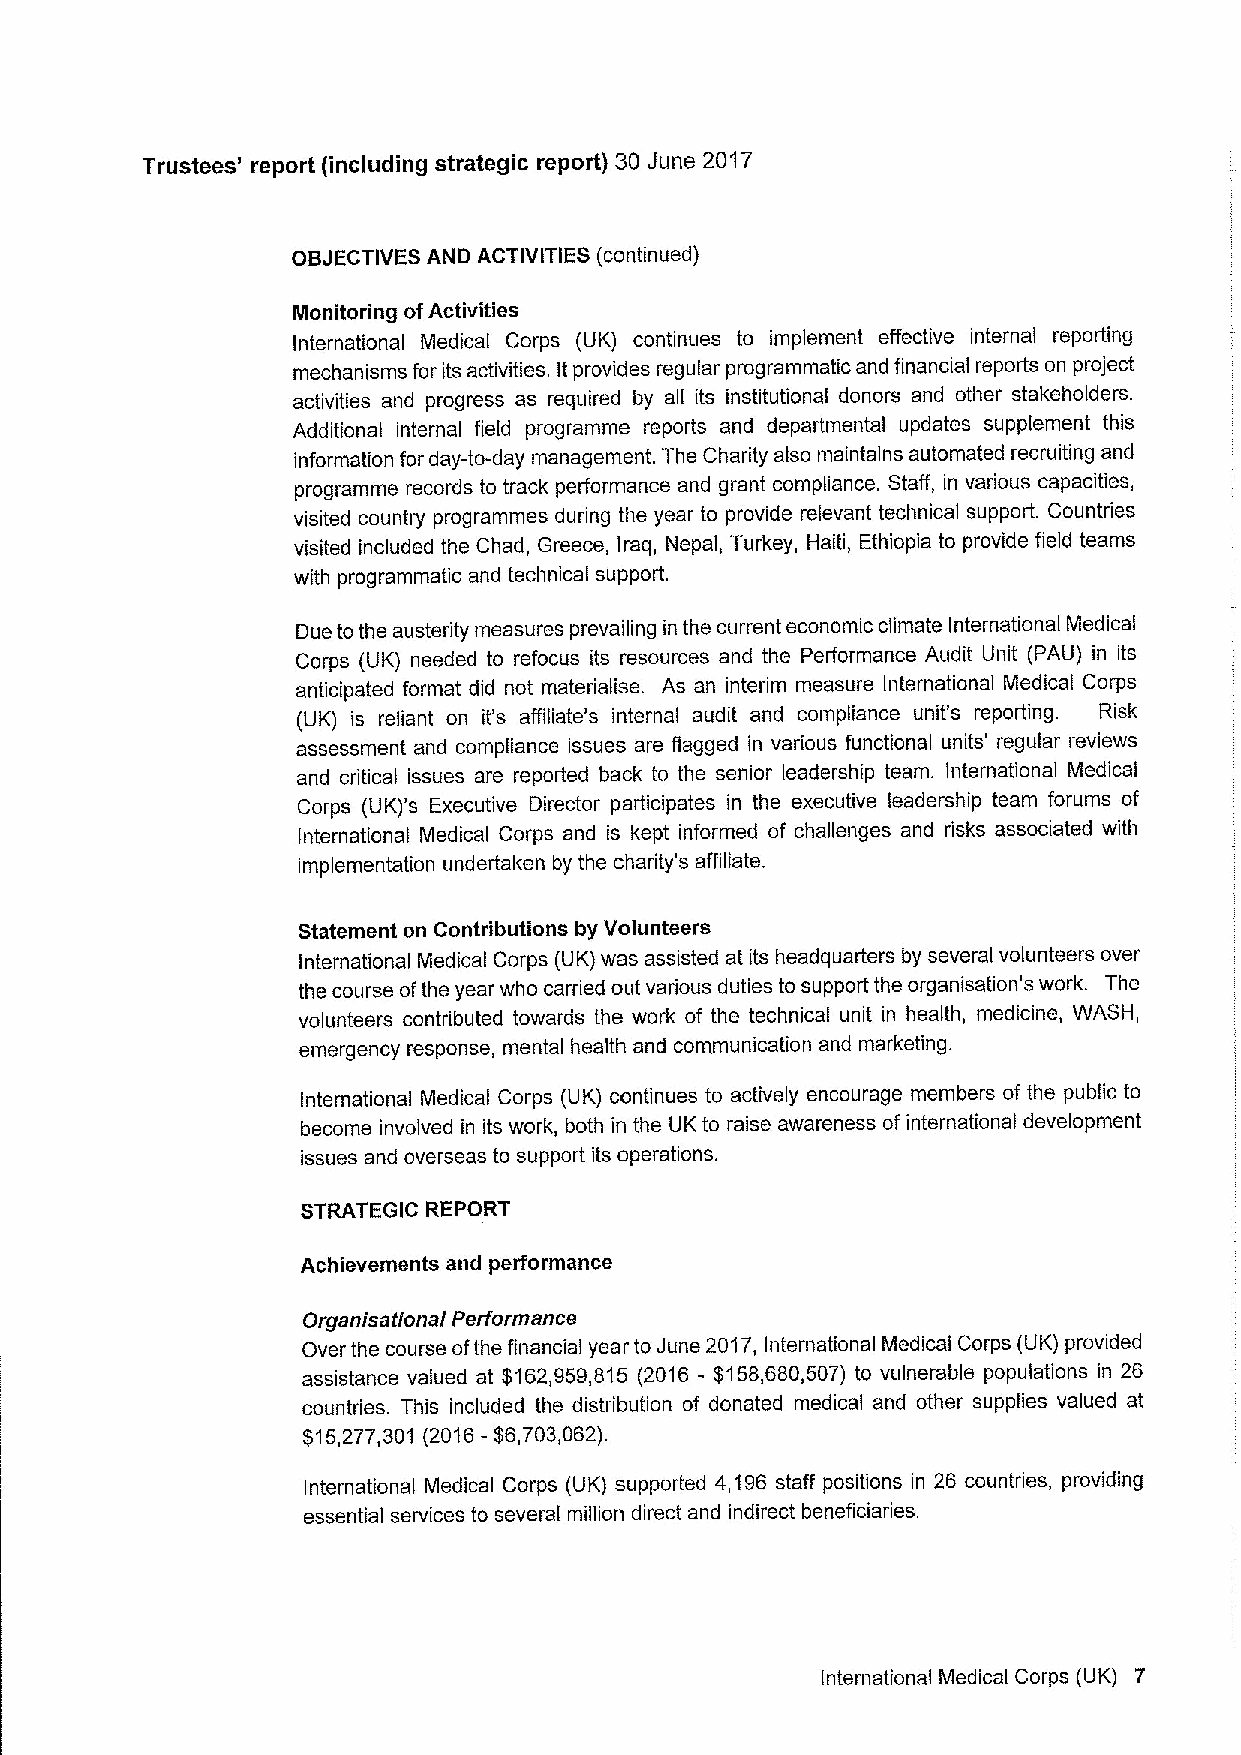
Trustees' report (including strategic report) 80 June 2017
 OBJECTIVES AND ACTIVITIES (continued)
 Monitoring ofActivities
 International Medical Corps (UK) continues to implement effective internal reporting
 mechanisms for its activities. Itprovides regular programmatic and financial reports on project
 activities and progress as required by all its institutional donors and other stakeholders.
 Additional internal field programme reports and departmental updates supplement this
 information for day-to-day management. The Charity also maintains automated recruiting and
 programme records to track performance and grant compliance. Staff, in various capacities,
 visited country programmes during the year to provide relevant technical support. Countries
 visited included the Chad, Greece, Iraq, Nepal, Turkey, Haiti, Ethiopia to provide field teams
 with programmatic and technical support.
 Due tothe austerity measures prevailing in the current economic climate International Medical
 Corps (UK) needed to refocus its resources and the Performance Audit Unit (PAU) in its
 anticipated format did not materialise. As an interim measure International Medical Corps
 (UK) is reliant on it's affiliate's internal audit and compliance unit's reporting. Risk
 assessment and compliance issues are flagged in various functional units' regular reviews
 and critical issues are reported back to the senior leadership team. International Medical
 Corps (UK)'s Executive Director participates in the executive leadership team forums of
 International Medical Corps and is kept informed of challenges and risks associated with
 implementation undertaken by the charity's affiliate.
 Statement on Contributions by Volunteers
 International Medical Corps (UK) was assisted at its headquarters by several volunteers over
 the course ofthe year who carried out various duties to support the organisation's work. The
 volunteers contributed towards the work of the technical unit in health, medicine, WASH,
 emergency response, mental health and communication and marketing.
 International Medical Corps (UK) continues to actively encourage members of the public to
 become involved in its work, both in the UK to raise awareness of international development
 issues and overseas to support its operations.
 STRATEGIC REPORT
 Achievements and performance
 Organisationai Performance
 Over the course ofthe financial year to June 2017, International Medical Corps (UK) provided
 assistance valued at $162,959,815 (2016 - $158,680,507) to vulnerable populations in 26
 countries. This included the distribution of donated medical and other supplies valued at
 $15,277,301 (2016- $6,703,062).
 International Medical Corps (UK) supported 4,196 staff positions in 26 countries, providing
 essential services to several million direct and indirect beneficiaries.
 International Medical Corps (UK) 7